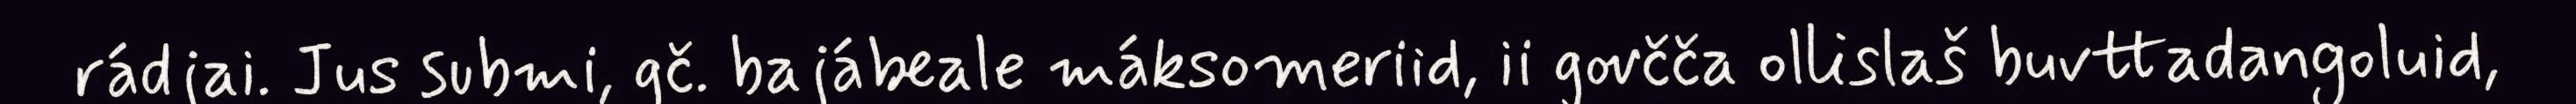
rádjai. Jus submi, gč. bajábeale máksomeriid, ii govčča ollislaš buvttadangoluid,